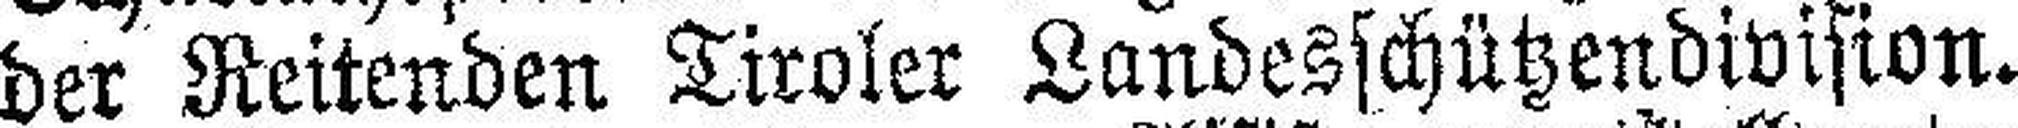
der Reitenden Tiroler Landesschützendivision.